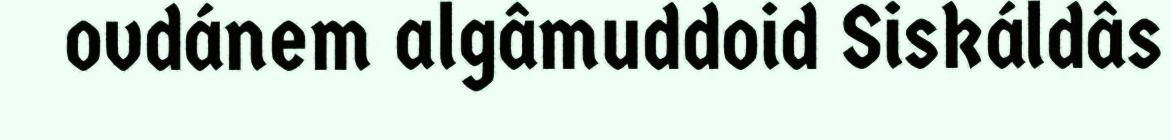
ovdánem algâmuddoid Siskáldâs